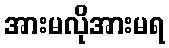
အားမလိုအားမရ